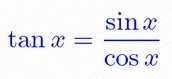
\tan x=\frac{\sin x}{\cos x}